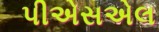
પીએસએલ